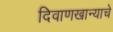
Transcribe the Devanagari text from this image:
दिवाणखान्याचे